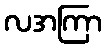
လအကြာ